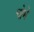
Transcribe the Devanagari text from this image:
चोभे